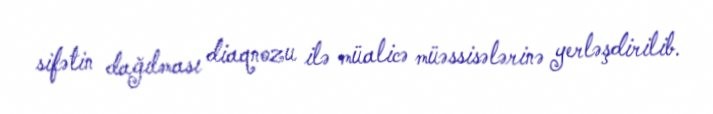
sifətin dağılması diaqnozu ilə müalicə müəssisələrinə yerləşdirilib.